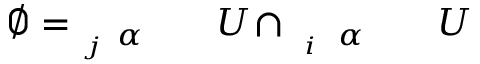
U \! \! \! \! \! \! \! \! \! \! \! \! _ { \! \! \! \! \! \! \! \! \! \! \! \! \alpha \! \! \! \! \! \! \! \! \! \! \! \! _ { i } } \! \! \! \! \! \! \! \! \! \! \! \! \cap \! \! \! \! \! \! \! \! \! \! \! \! U \! \! \! \! \! \! \! \! \! \! \! \! _ { \! \! \! \! \! \! \! \! \! \! \! \! \alpha \! \! \! \! \! \! \! \! \! \! \! \! _ { j } } \! \! \! \! \! \! \! \! \! \! \! \! = \! \! \! \! \! \! \! \! \! \! \! \! \emptyset \! \! \! \! \! \! \! \! \! \! \!